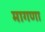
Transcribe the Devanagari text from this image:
मागणा